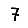
Digit: 7